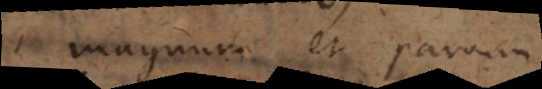
magnum et parvum